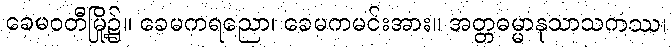
ခေမဝတီမြို့၌။ ခေမကရညော၊ ခေမကမင်းအား။ အတ္တဓမ္မာနုသာသကဿ၊